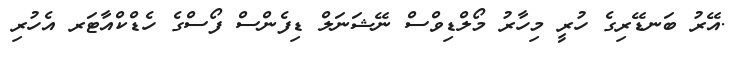
.އޭރު ބަނޑޭރިގެ ހުރީ މިހާރު މޯލްޑިވްސް ނޭޝަނަލް ޑިފެންސް ފޯސްގެ ހެޑްކްއާޓަރ އެހުރި